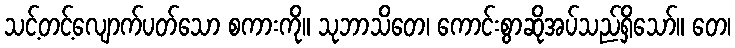
သင့်တင့်လျောက်ပတ်သော စကားကို။ သုဘာသိတေ၊ ကောင်းစွာဆိုအပ်သည်ရှိသော်။ တေ၊